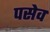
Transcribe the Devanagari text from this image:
पसेव